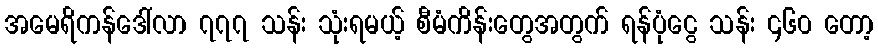
အမေရိကန်ဒေါ်လာ ၇၇၇ သန်း သုံးရမယ့် စီမံကိန်းတွေအတွက် ရန်ပုံငွေ သန်း ၄၆၀ တော့